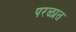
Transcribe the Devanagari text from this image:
परळात